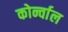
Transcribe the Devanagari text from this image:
कोर्न्वाल